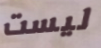
ليست